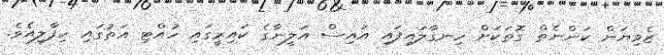
ޒެވިޔަން ކަންނެތް ގޮތަކަށް ހިނގާލައިފައި އައިސް އަލީނާގެ ކައިރީގައި ހުއްޓި އަތުގައި ހިފާލިއެވެ.